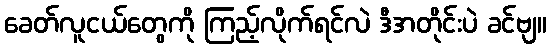
ခေတ်လူငယ်တွေကို ကြည့်လိုက်ရင်လဲ ဒီအတိုင်းပဲ ခင်ဗျ။